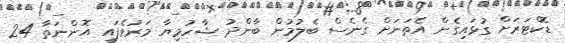
ޑޮކްޓަރަށް ގުޅައިގެން އެތަނަށް ގެނެސް ބެލުމުން ބާންދު ޝާހުމިޔާ މަރުވެފައި އޮންނަތާ 24